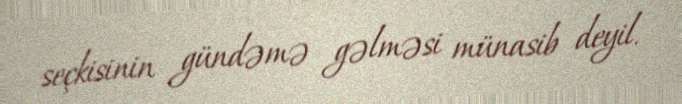
seçkisinin gündəmə gəlməsi münasib deyil.